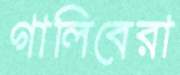
গালিবেরা